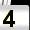
Digit: 4